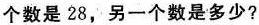
个数是28，另一个数是多少？